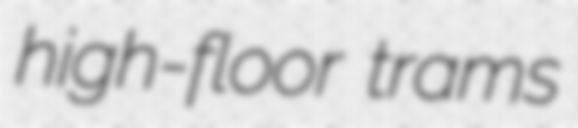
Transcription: high-floor trams